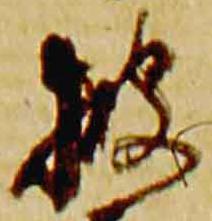
披